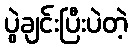
ပွဲချင်းပြီးပဲတဲ့